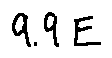
9 . 9 E